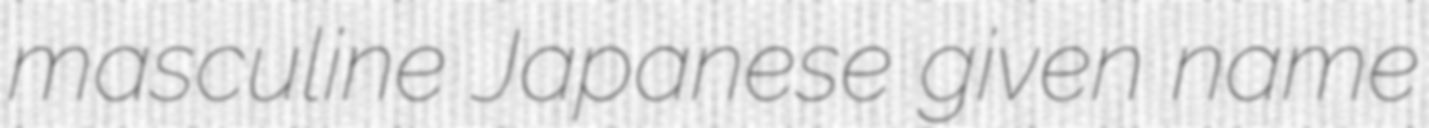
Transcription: masculine Japanese given name